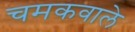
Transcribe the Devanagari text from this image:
चमकवाले